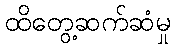
ထိတွေ့ဆက်ဆံမှု